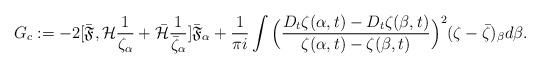
LaTeX: \begin{align*}G_c:=-2[\bar{\mathfrak{F}}, \mathcal{H}\frac{1}{\zeta_{\alpha}}+\bar{\mathcal{H}}\frac{1}{\bar{\zeta}_{\alpha}}]\bar{\mathfrak{F}}_{\alpha}+\frac{1}{\pi i}\int \Big(\frac{D_t\zeta(\alpha,t)-D_t\zeta(\beta,t)}{\zeta(\alpha,t)-\zeta(\beta,t)}\Big)^2(\zeta-\bar{\zeta})_{\beta}d\beta.\end{align*}